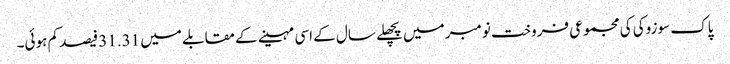
پاک سوزوکی کی مجموعی فروخت نومبر میں پچھلے سال کے اسی مہینے کے مقابلے میں 31.31 فیصد کم ہوئی۔